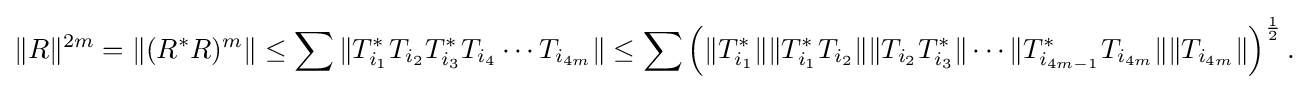
\displaystyle {\|R\|^{2m}=\|(R^{*}R)^{m}\|\leq \sum \|T_{i_{1}}^{*}T_{i_{2}}T_{i_{3}}^{*}T_{i_{4}}\cdots T_{i_{4m}}\|\leq \sum \left(\|T_{i_{1}}^{*}\|\|T_{i_{1}}^{*}T_{i_{2}}\|\|T_{i_{2}}T_{i_{3}}^{*}\|\cdots \|T_{i_{4m-1}}^{*}T_{i_{4m}}\|\|T_{i_{4m}}\|\right)^{1 \over 2}.}